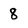
Character: 8